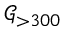
\mathscr { G } _ { > 3 0 0 }